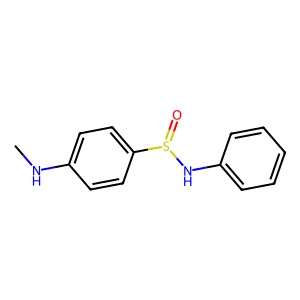
SMILES: CNc1ccc(S(=O)Nc2ccccc2)cc1
Inhibits HIV replication: No